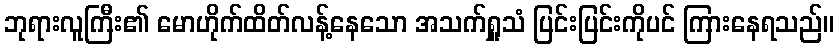
ဘုရားလူကြီး၏ မောဟိုက်ထိတ်လန့်နေသော အသက်ရှူသံ ပြင်းပြင်းကိုပင် ကြားနေရသည်။